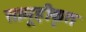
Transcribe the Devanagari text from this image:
सामूहीकृत